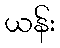
ယန်း